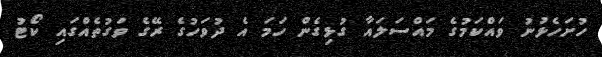
ހުށަހެޅުނު ވައްކަމުގެ މައްސަލައާ ގުޅިގެން ހަމަ އެ ދުވަހުގެ ރޭގެ ވަގުތެއްގައި ކޯޓު